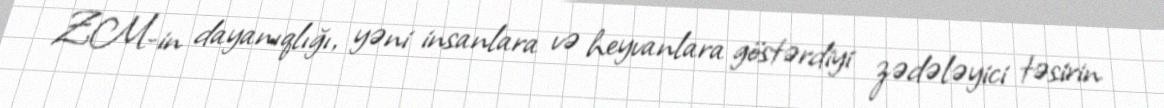
ZM-in dayanıqlığı, yəni insanlara və heyvanlara göstərdiyi zədələyici təsirin